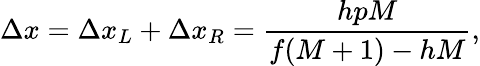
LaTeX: \Delta x=\Delta x_{L}+\Delta x_{R}=\frac{hpM}{f(M+1)-hM},